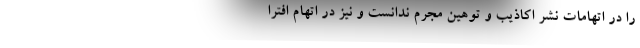
را در اتهامات نشر اکاذیب و توهین مجرم ندانست و نیز در اتهام افترا